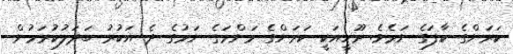
ކަރަންގެ ކާފަގެ ނަމެވެ. ރޫހީއަކީ ކަރަންގެ މަންމަގެ ނަމުގެ ދެ އަކުރު ބަދަލުކުރަމުން